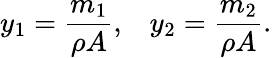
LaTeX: y_{1}=\frac{m_{1}}{\rho A},\; \; \; y_{2}=\frac{m_{2}}{\rho A}.